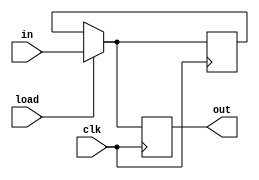
`timescale 1ns / 1ps
//////////////////////////////////////////////////////////////////////////////////
// Company: 
// Engineer: 
// 
// Design Name: 
// Module Name: Register
// Project Name: 
// Target Devices: 
// Tool Versions: 
// Description: 
// 
// Dependencies: 
// 
// Revision:
// Revision 0.01 - File Created
// Additional Comments:
// 
//////////////////////////////////////////////////////////////////////////////////


module Register(in, clk, load, out);
input[15:0] in;
input clk, load;
output reg[15:0] out;
reg[15:0] state; 
always @(posedge clk)
begin
if(load == 1) state = in;
out = state;
end
endmodule